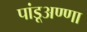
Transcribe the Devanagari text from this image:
पांडूअण्णा